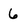
Character: 6